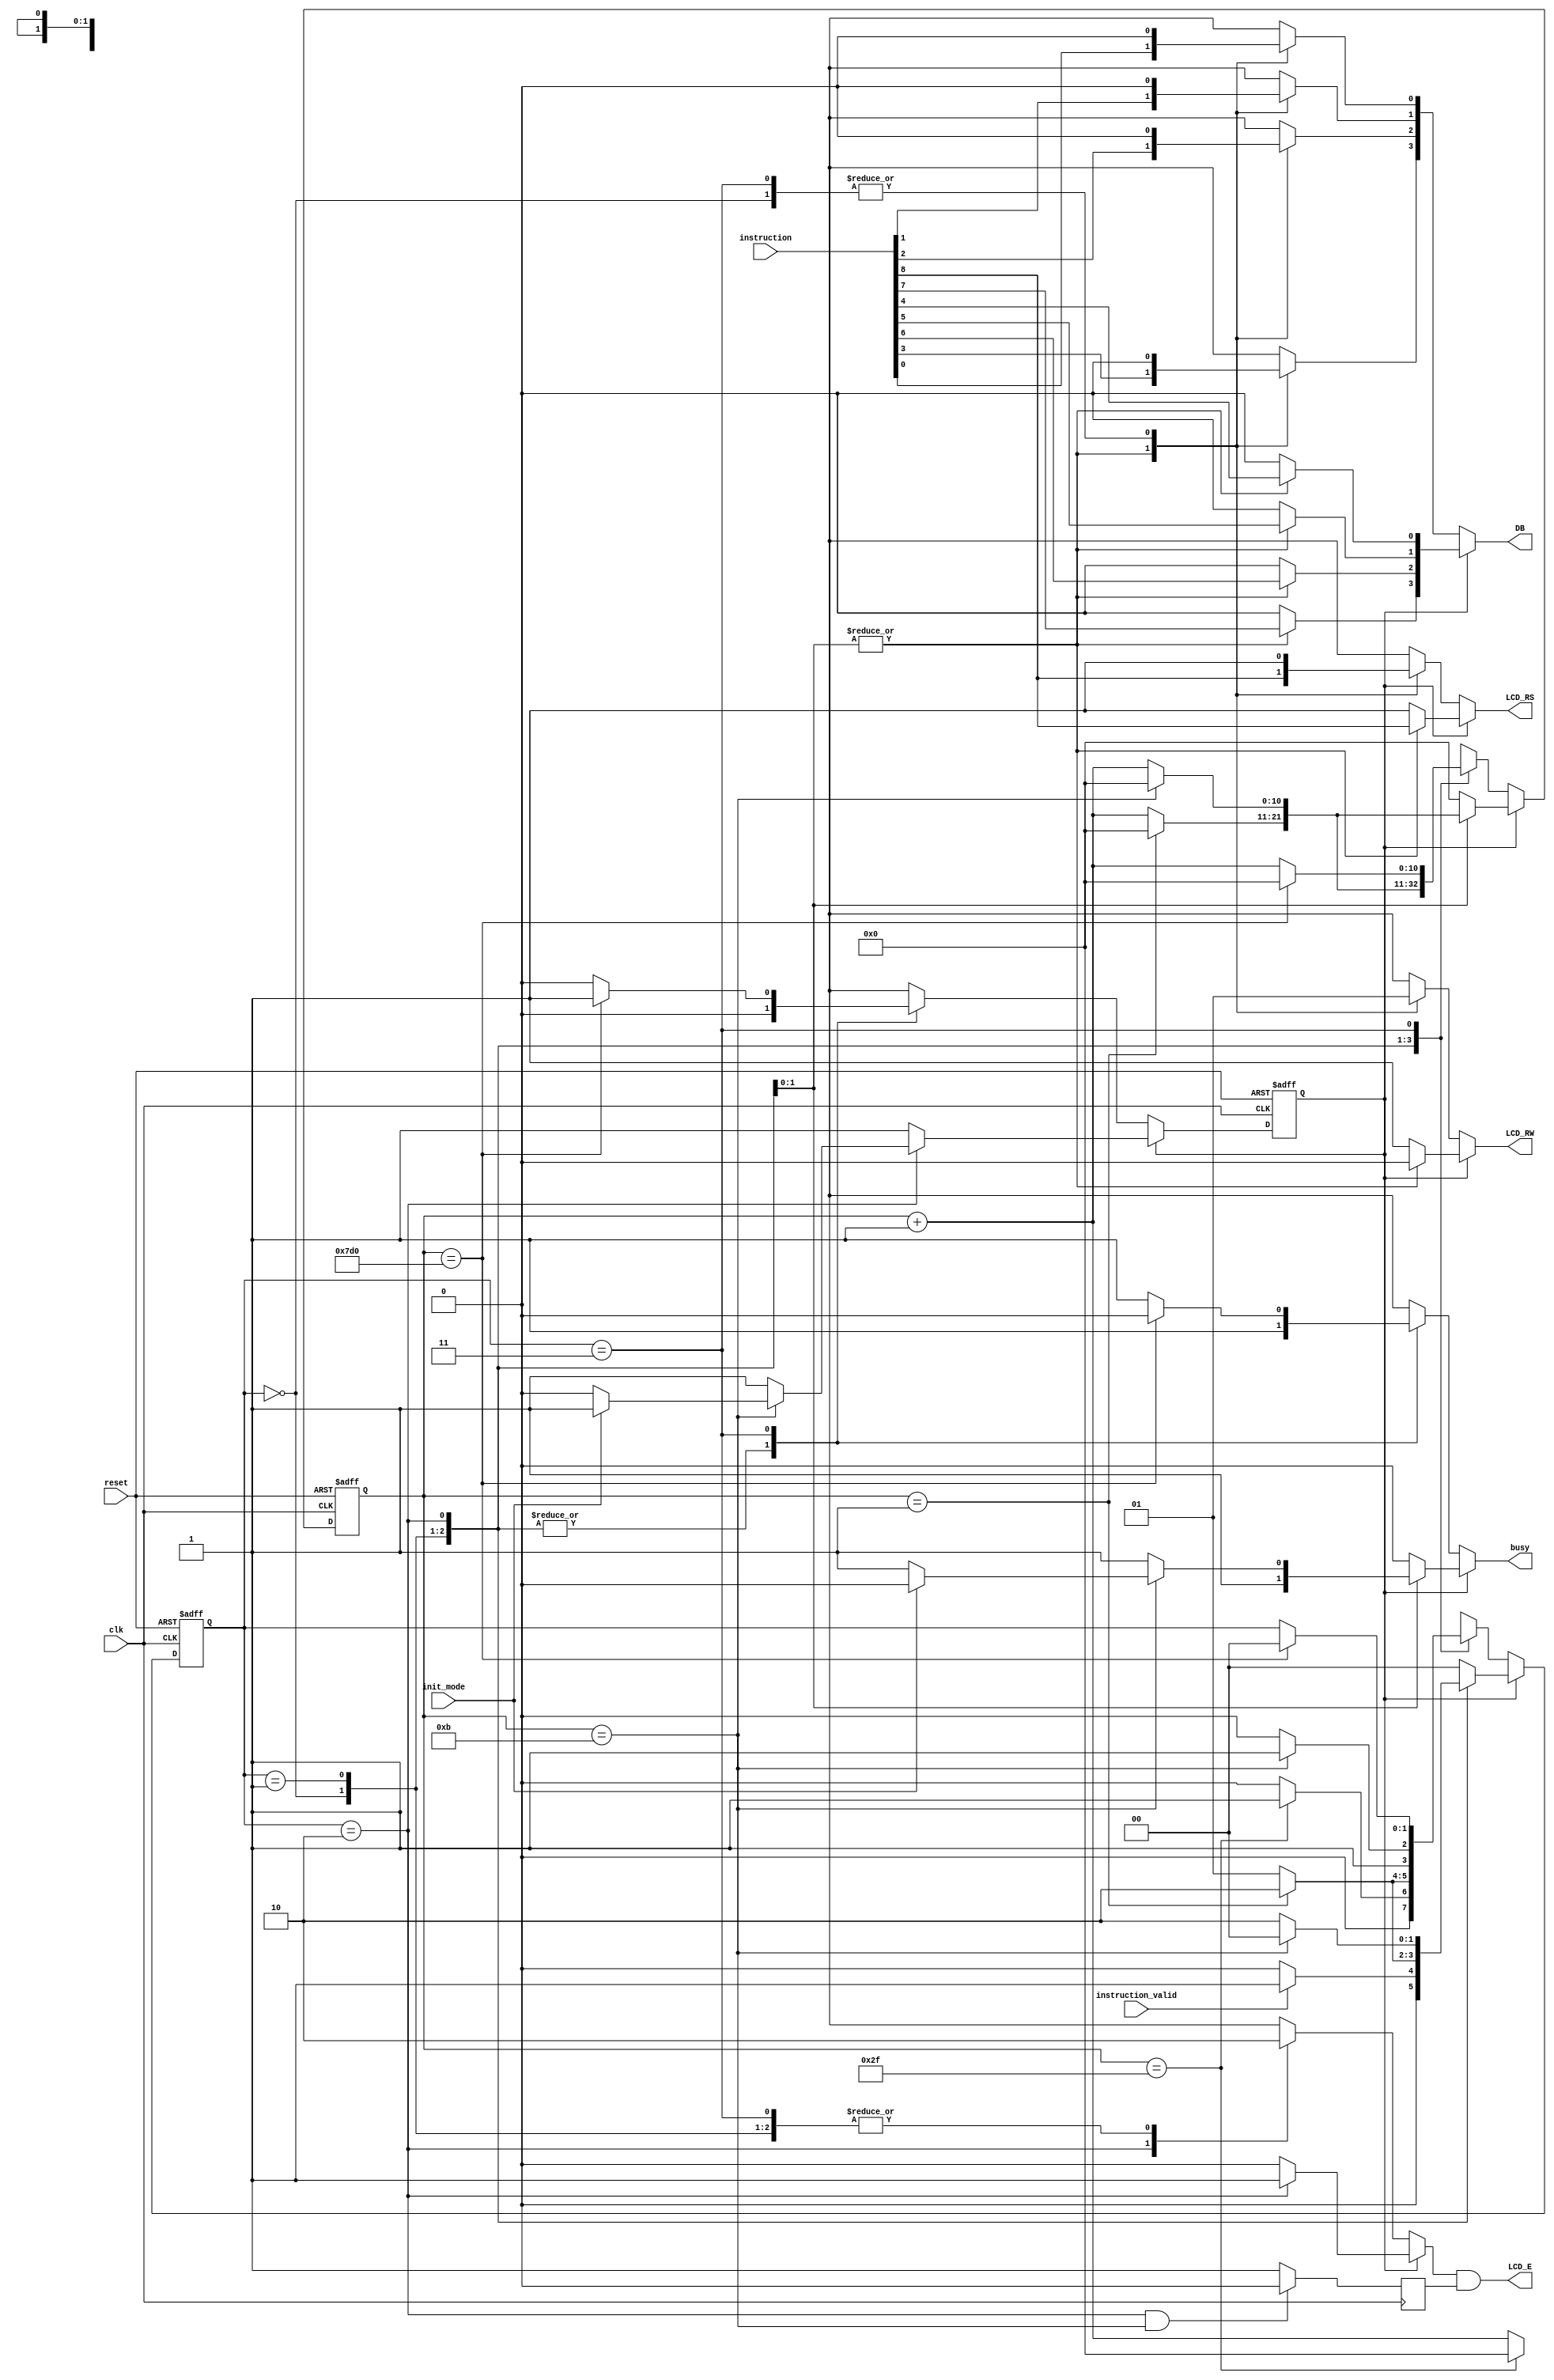
module LCD_Instruction_Sender
(
	clk,
	reset,
	instruction_valid,
	instruction,
	init_mode,
	LCD_RS,
	DB,
	LCD_RW,
	LCD_E,
	busy
);

input clk;
input reset;
input instruction_valid;
input [9:0] instruction;
input init_mode;

output LCD_RS;
output [3:0] DB;
output LCD_RW;
output LCD_E;
output reg busy;

parameter IDLE_STATE   = 2'b00;
parameter SETUP_STATE  = 2'b01;
parameter ENABLE_STATE = 2'b10;
parameter WAIT_STATE   = 2'b11;

parameter MAX_SETUP_CV = 1;
parameter MAX_ENABLE_CV = 11;

parameter MAX_UPPER_LOW_CV = 47;
parameter MAX_NEXT_INSTRUCTION_CV = 2000;

parameter MAX_COUNTER_BIT = 10;

parameter UPPER_BITS_STATE = 1'b1;
parameter LOWER_BITS_STATE = 1'b0;

reg [1:0] state;
reg [1:0] next_state;

reg bits_state;
reg next_bits_state;

reg [ MAX_COUNTER_BIT : 0] counter;
reg [ MAX_COUNTER_BIT : 0] next_counter;

reg LCD_E_FSM, LCD_RW_FSM, LCD_RS_FSM;
reg [3:0] DB_FSM;

reg LCD_E_neg;

assign LCD_RS = LCD_RS_FSM;
assign DB = DB_FSM;
assign LCD_RW = LCD_RW_FSM;
assign LCD_E =  LCD_E_FSM & LCD_E_neg;

always @ ( posedge clk or posedge reset )
begin

	if ( reset )
	begin
		
		state = IDLE_STATE;
		bits_state = UPPER_BITS_STATE;
		counter = 0;

	end

	else
	begin
		
		state = next_state;
		bits_state = next_bits_state;
		counter = next_counter;
	end
	
end

always @( instruction_valid or state or counter or bits_state or init_mode or instruction ) begin
	
	if ( bits_state == UPPER_BITS_STATE )
	begin

		case ( state )
		
			IDLE_STATE:
			begin

				LCD_RW_FSM = 1'b1;
				LCD_E_FSM  = 1'b0;
				
				LCD_RS_FSM = 1'b1;
				DB_FSM = 4'b0000;

				next_bits_state = bits_state;
				next_counter = 0;

				if ( instruction_valid )
					next_state = SETUP_STATE;
				else
					next_state = IDLE_STATE;

				busy = 0;			

			end

			SETUP_STATE:
			begin

				LCD_RW_FSM = 1'b0;
				LCD_E_FSM  = 1'b0;

				LCD_RS_FSM = instruction [8];
				DB_FSM [3] = instruction [7];
				DB_FSM [2] = instruction [6];
				DB_FSM [1] = instruction [5];
				DB_FSM [0] = instruction [4];
				
				next_bits_state = bits_state;

				if ( counter == MAX_SETUP_CV )
				begin
					next_counter = 0;
					next_state = ENABLE_STATE;
				end
					
				else
				begin
					next_counter = counter + 1;
					next_state = SETUP_STATE;
				end

				busy = 1;
									

			end

			ENABLE_STATE:
			begin

				LCD_RW_FSM = 1'b0;
				LCD_E_FSM  = 1'b1;

				LCD_RS_FSM = instruction [8];
				DB_FSM [3] = instruction [7];
				DB_FSM [2] = instruction [6];
				DB_FSM [1] = instruction [5];
				DB_FSM [0] = instruction [4];


				if ( counter == MAX_ENABLE_CV )
				begin
					next_counter = 0;
					next_state = IDLE_STATE;

					if ( init_mode )
					begin
						next_bits_state = bits_state;
						busy = 0;
					end
					else
					begin
						next_bits_state = LOWER_BITS_STATE;
						busy = 1;
					end
					
				end
					
				else
				begin
					next_counter = counter + 1;
					next_state = ENABLE_STATE;
					next_bits_state = bits_state;
					busy = 1;
				end
				

			end

			default:
			begin
				
				next_state = IDLE_STATE;
				next_counter = 0;
				next_bits_state = UPPER_BITS_STATE;
				busy = 0;

				LCD_RW_FSM = 1'b1;
				LCD_E_FSM  = 1'b0;
				
				LCD_RS_FSM = 1'b1;
				DB_FSM = 4'b0000;
			end

		endcase
		
	end
	else
	begin

		case ( state )
		
			IDLE_STATE:
			begin

				LCD_RW_FSM = 1'b1;
				LCD_E_FSM  = 1'b0;
				
				LCD_RS_FSM = 1'b1;
				DB_FSM = 4'b0000;

				next_bits_state = bits_state;

				if ( counter == MAX_UPPER_LOW_CV )
				begin
					next_state = SETUP_STATE;
					next_counter = 0;
				end
				else
				begin
					next_state = IDLE_STATE;
					next_counter = counter + 1;
				end

				busy = 1;			

			end

			SETUP_STATE:
			begin

				LCD_RW_FSM = 1'b0;
				LCD_E_FSM  = 1'b0;

				LCD_RS_FSM = instruction [8];
				DB_FSM [3] = instruction [3];
				DB_FSM [2] = instruction [2];
				DB_FSM [1] = instruction [1];
				DB_FSM [0] = instruction [0];
				
				next_bits_state = bits_state;

				if ( counter == MAX_SETUP_CV )
				begin
					next_counter = 0;
					next_state = ENABLE_STATE;
				end
					
				else
				begin
					next_counter = counter + 1;
					next_state = SETUP_STATE;
				end

				busy = 1;
									

			end

			ENABLE_STATE:
			begin

				LCD_RW_FSM = 1'b0;
				LCD_E_FSM  = 1'b1;

				LCD_RS_FSM = instruction [8];
				DB_FSM [3] = instruction [3];
				DB_FSM [2] = instruction [2];
				DB_FSM [1] = instruction [1];
				DB_FSM [0] = instruction [0];

				next_bits_state = bits_state;

				if ( counter == MAX_ENABLE_CV )
				begin
					next_counter = 0;
					next_state = WAIT_STATE;
				end
					
				else
				begin
					next_counter = counter + 1;
					next_state = ENABLE_STATE;
				end

				busy = 1;
				

			end

			WAIT_STATE:
			begin

				LCD_RW_FSM = 1'b1;
				LCD_E_FSM  = 1'b0;
				
				LCD_RS_FSM = 1'b1;
				DB_FSM = 4'b0000;

				if ( counter == MAX_NEXT_INSTRUCTION_CV )
				begin
					next_state = IDLE_STATE;
					next_counter = 0;
					next_bits_state = UPPER_BITS_STATE;
					busy = 0;

				end
				else
				begin
					next_state = state;
					next_counter = counter + 1;
					next_bits_state = bits_state;
					busy = 1;

				end
				
			end

		endcase
		
	end
end

always @( negedge clk ) 
begin
	if ( state == ENABLE_STATE && counter == MAX_ENABLE_CV ) 
		LCD_E_neg = 0;

	else 
		LCD_E_neg = 1;
	
end

endmodule